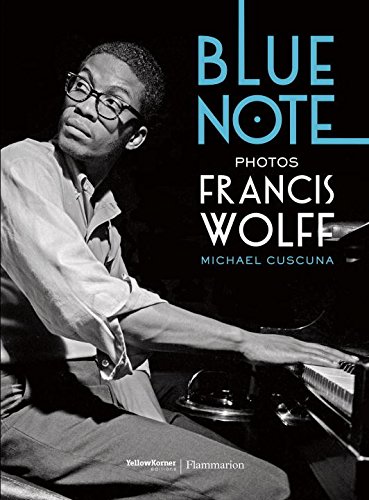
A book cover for Blue Note; Michael Cuscuna; Arts & Photography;